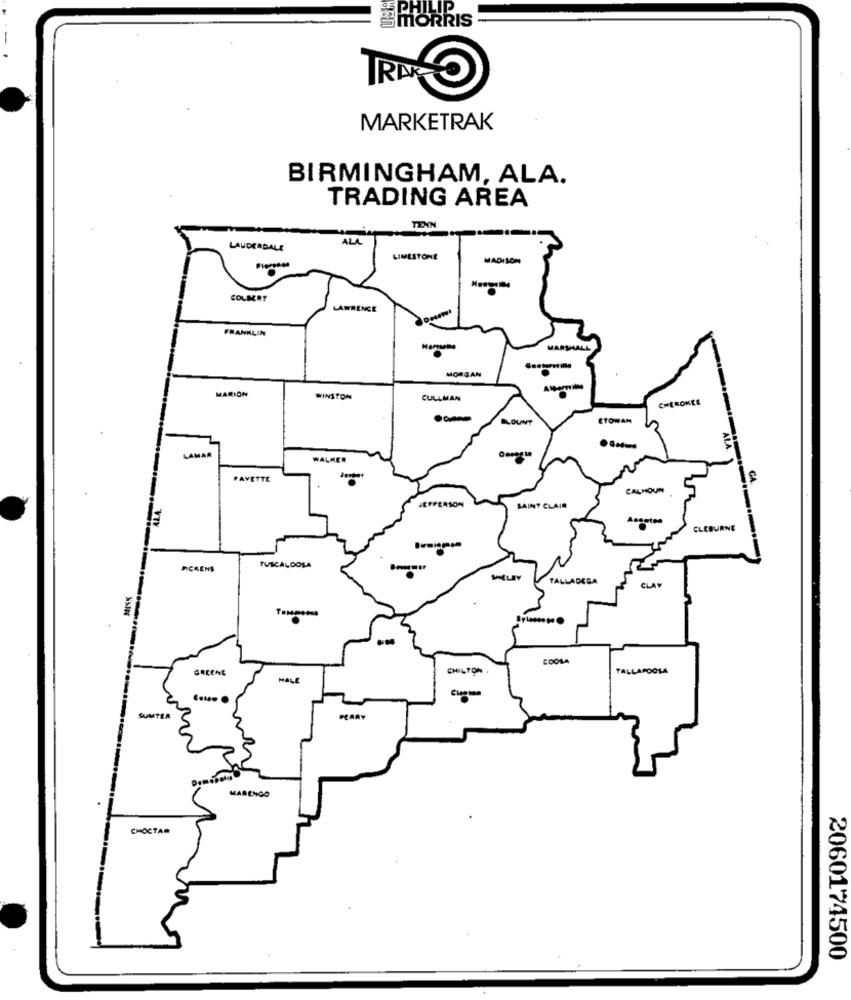
&PHILIP
MORRIS
MARKETRAK
BIRMINGHAM, ALA.
TRADING AREA
TENN
ALL
LAUDERDALE
LIMESTONE
MADISON
COLBERT
LAWRENCE
FRANKLIN
MARSHALL
MORGAN
MARION
WINSTON
CULLMAN
CHEROKEE
BLOUNT
ETOWAH
. ..
LAMAR
WALKER
FAYETTE
CALHOUN
JEFFERSON
SAINT CLAIR
CLEBURNE
PICKENS
TUSCALOOSA
TALLADEGA
CLAW
COOLA
GALENL
CHILTON
TALLAPOOSA
MALE
SUMTER
MARENGO
CHOCTAW
2060174500